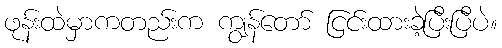
ဖုန်းထဲမှာကတည်းက ကျွန်တော် ငြင်းထားခဲ့ပြီးပြီပဲ။